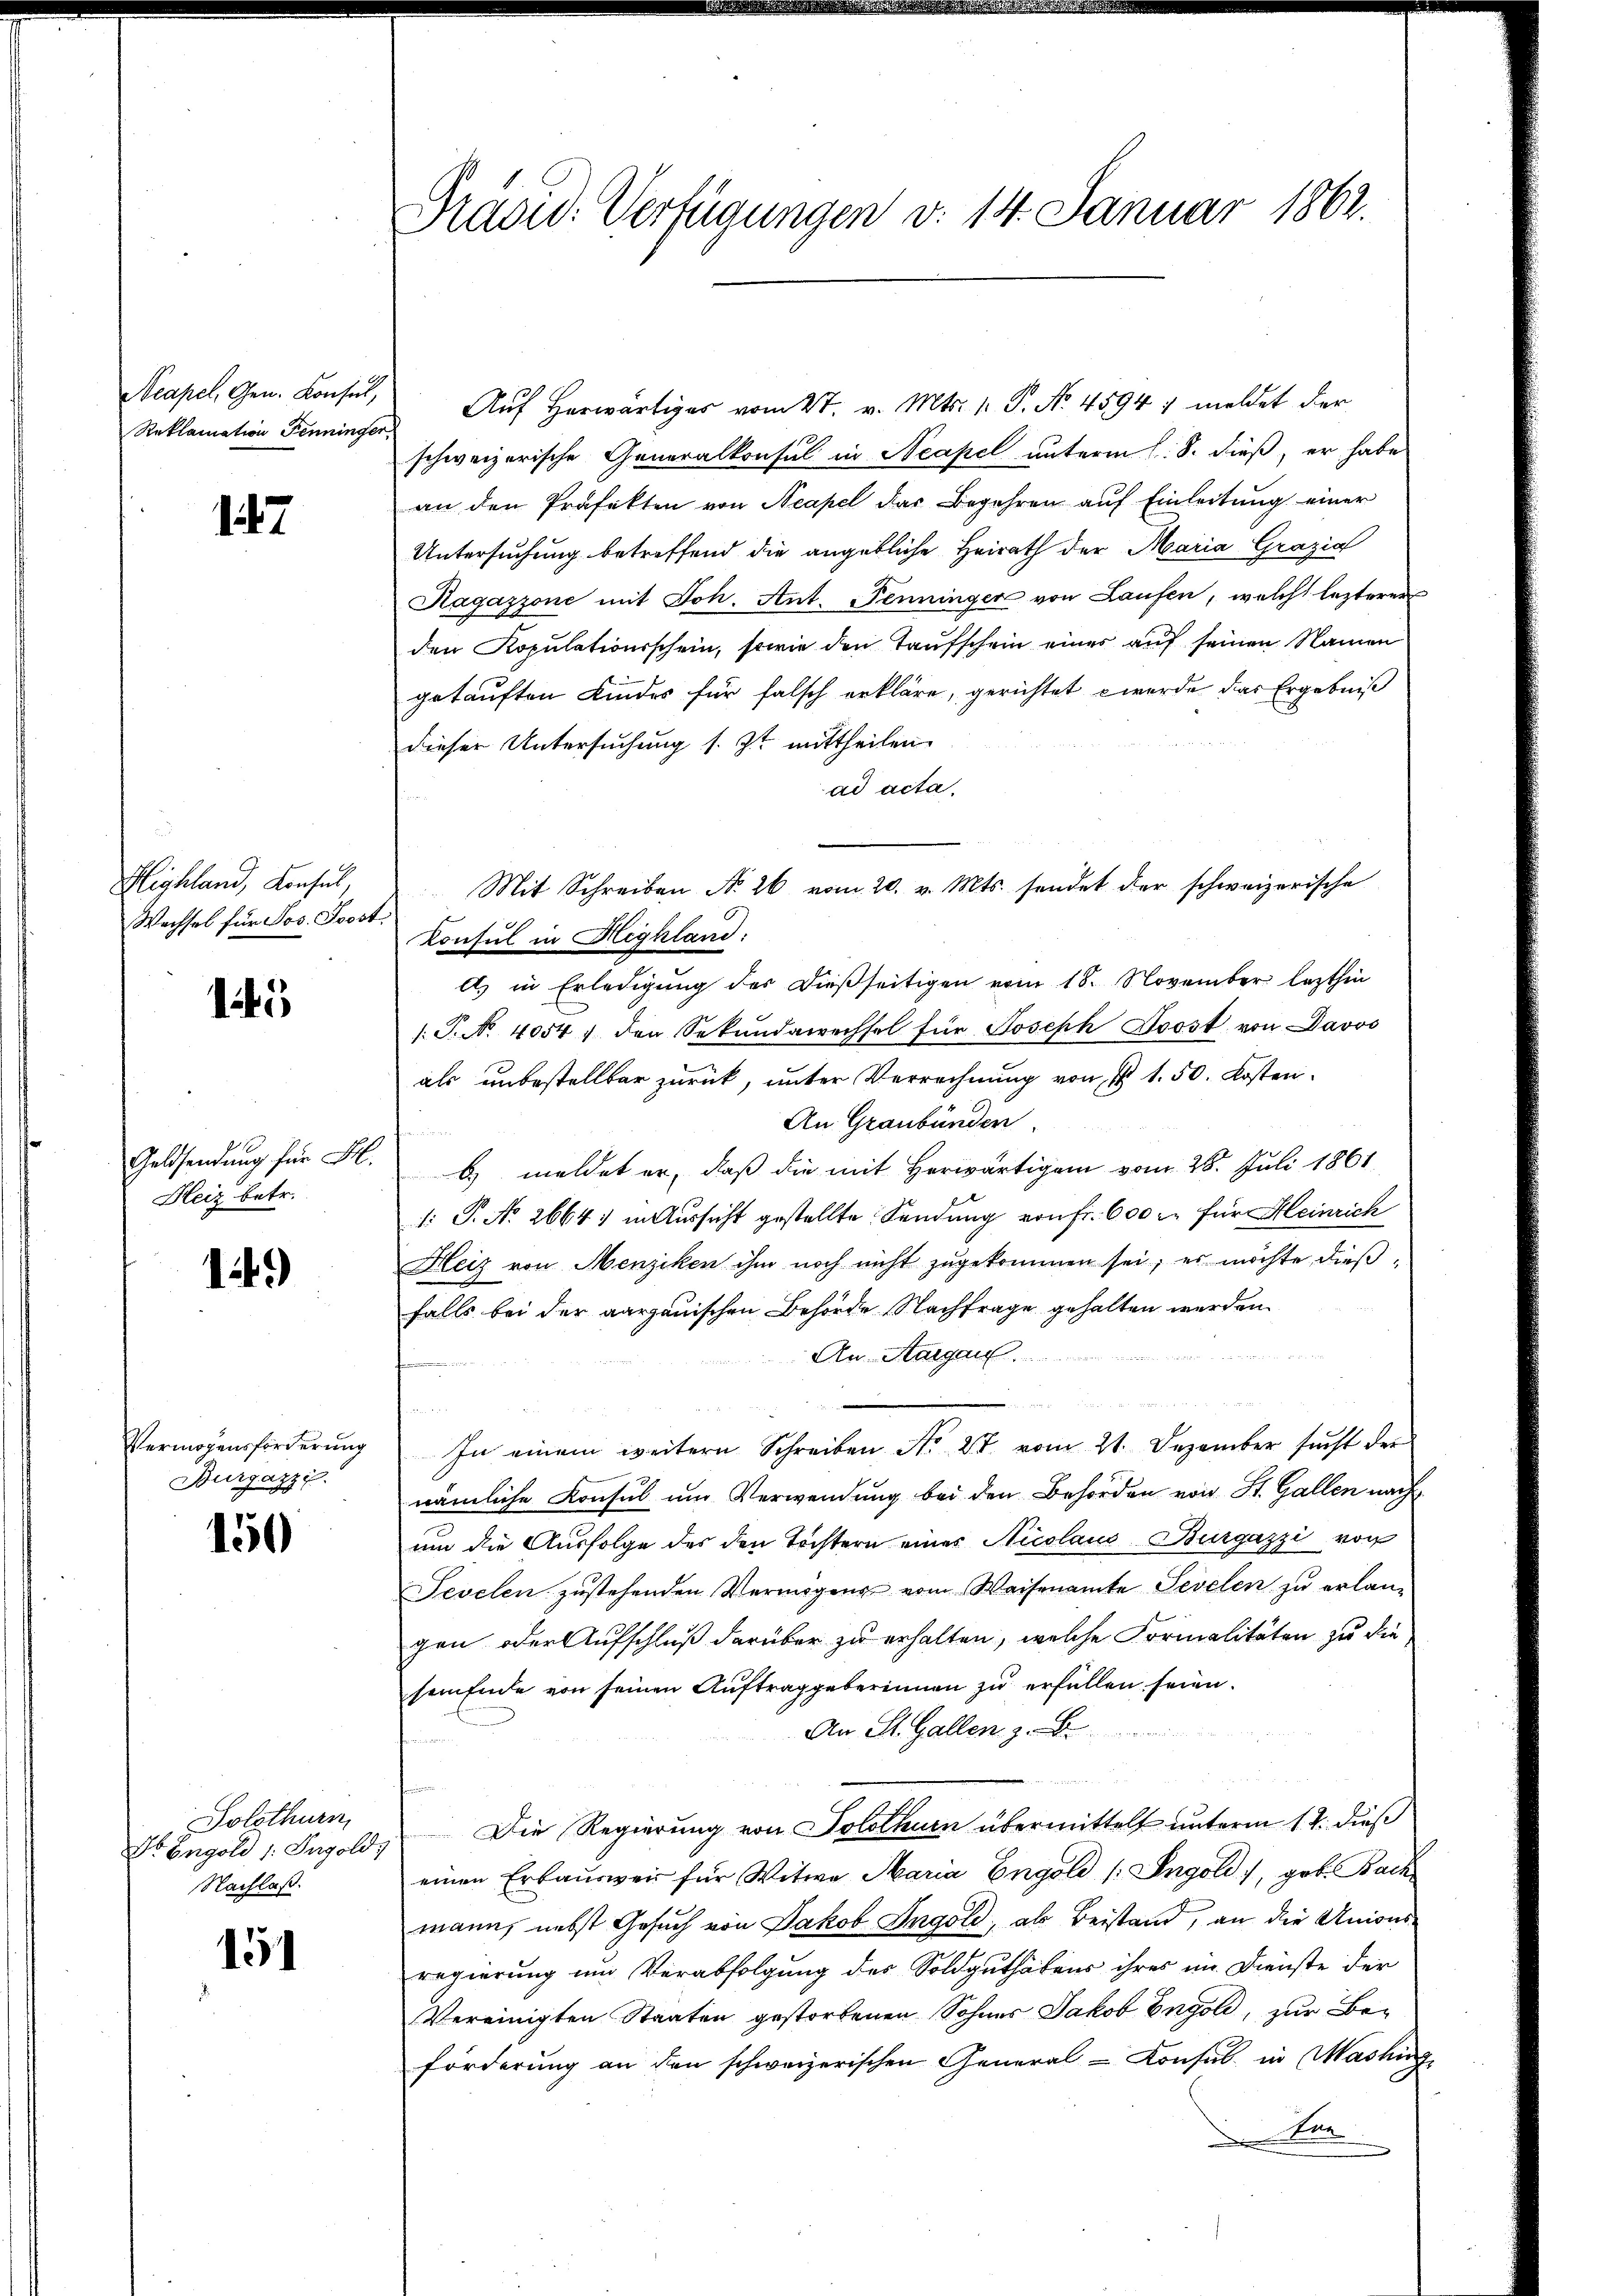
Reklamation Fenninger,

147

Michland, Konsul,
Wachsel für Jos. Soost:

1

Heiz betr.

12.)

Burgazzi

150

Solothurn,
Dr Engold 1. Ingold
Nachlaß.

151

Präsid. Verfügungen d. 14. Januar 1862.

Neapel, Gen. Konsŭl, Aŭf herwärtiger vom 27. v. Mts. 1. P. No. 45947 meldet der
schweizerische Generalkonsul in Neapel unterm l. S. dieß, er habe
an den Präfekten von Neapel das Begehren auf Einleitung einer
Untersuchung betreffend die angebliche Heirath der Maria Grazia
Ragazzone mit Joh. Ant. Penninger von Laufen, welch lezterer
den Kopulationsschein, sowie den Taufschein eines auf seinen Namen
getauften Kindes für falsch erkläre, gerichtet werde das Ergebniß
dieser Untersuchung s. Zt. mittheilen.
ad acta.
Konsul in Highland:
l) in Erledigung der dießseitigen vom 18. November lezthin
/: P. No. 40541 den Sekŭndawechsel für Joseph Trost von Davos
als unbestellbar zurück, unter Verrechnung von § 1. 50. Kosten
An Graubünden.
Geldsendung für F. B. meldet er, daß die mit herwärtigen vom 28. Juli 1861
1: P. No 2664) in Aussicht gestellte Sendung von fr. 600 r. für Heinrich
Heiz von Menziken ihm noch nicht zugekommen sei, es möchte dießfalls bei der aargauischen Behörde Nachfrage gehalten werden.

An Aargau.
u
d
u
Vermögensforderŭng. In einem weitern Schreiben No. 27. vom 21. Dezember sŭcht der
nämliche Konsul um Verwendung bei den Behörden von St. Gallen nach
um die Ausfolge des den Tochtern eines Nicolaus Bürgazzi von
Fevelen zustehenden Vermögens vom Weisenamte Sevelen zu erlangen oder Aufschluß darüber zu erhalten, welche Formalitäten zu die
sem Ende von seinen Auftraggeberinnen zu erfüllen seien.
An St. Gallen z. B.
Die Regierung von Solothurn übermittelt unterm 12. dieß
einen Erbausweis für Witwe Maria Engold (Ingold, geb. Bach
mann, nebst Gesuch von Jakob Ingold, als Beistand, an die Unionsregierung und Verabfolgung des Soldguthabens ihres im Dienste der
Vereinigten Staaten gestorbenen Sohnes Jakob Engold, zur Beförderung an den schweizerischen General-Consul in Washin
Der

Mit Schreiben No 26 vom 20. v. Mts. sendet der schweizerische